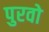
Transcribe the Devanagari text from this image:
पुरवो